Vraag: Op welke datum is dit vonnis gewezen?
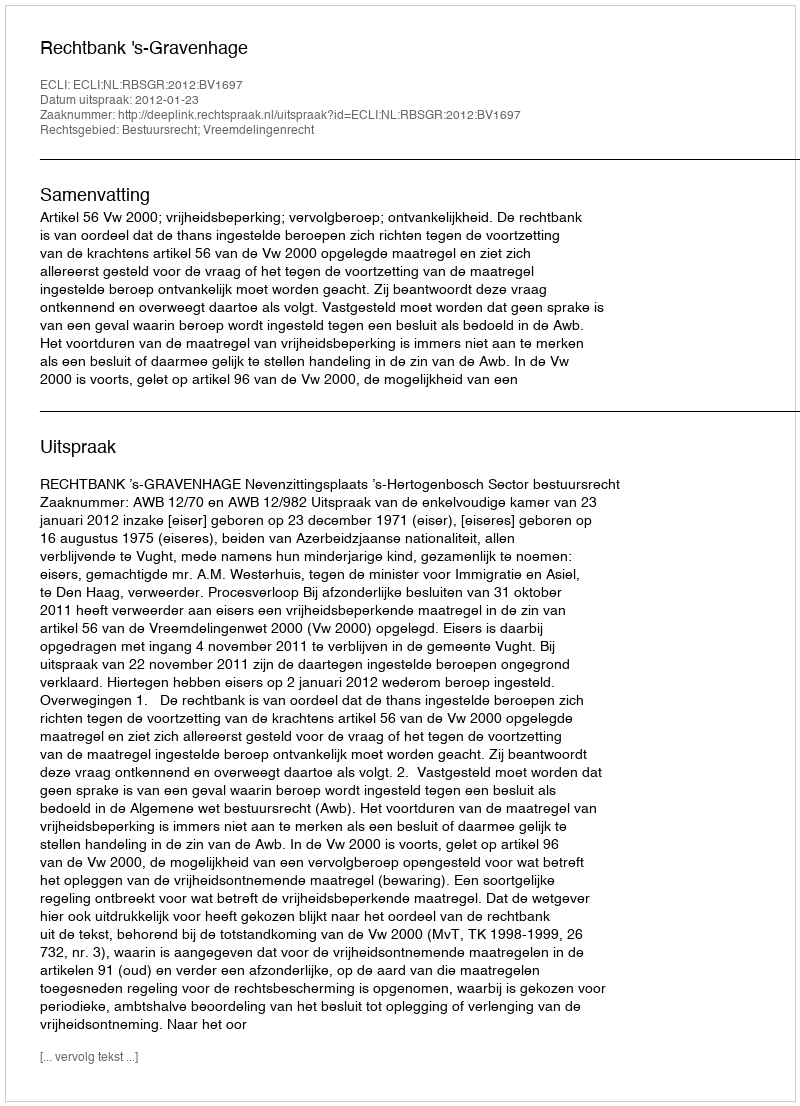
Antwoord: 2012-01-23